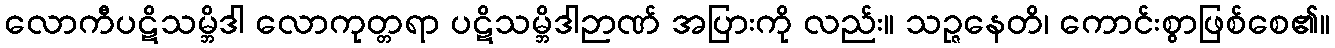
လောကီပဋိသမ္ဘိဒါ လောကုတ္တရာ ပဋိသမ္ဘိဒါဉာဏ် အပြားကို လည်း။ သဉ္ဇနေတိ၊ ကောင်းစွာဖြစ်စေ၏။